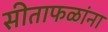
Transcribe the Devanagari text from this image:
सीताफळांना